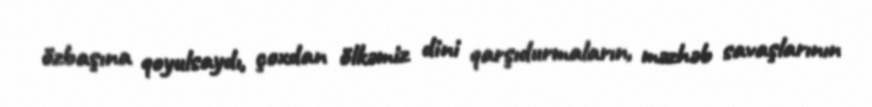
özbaşına qoyulsaydı, çoxdan ölkəmiz dini qarşıdurmaların, məzhəb savaşlarının